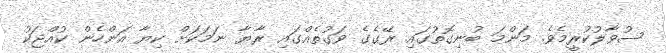
ސުވާލުކުރީމެވެ. މަންމަ ބުނިގޮތުގައި ރޭގެގެ ވަގުތެއްގައި ރާޔާ ނަމަކަށް ކިޔާ އަންހެން ކުއްޖަކު